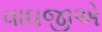
વાઘજીએ